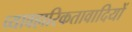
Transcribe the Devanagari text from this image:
व्यावहारिकतावादियों